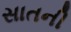
સાતની